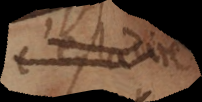
c’est a dire